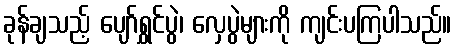
ခုန်ချသည့် ပျော်ရွှင်ပွဲ၊ လှေပွဲများကို ကျင်းပကြပါသည်။